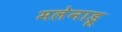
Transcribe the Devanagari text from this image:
मलेनाडू